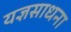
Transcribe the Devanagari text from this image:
यज्ञसाधना